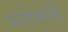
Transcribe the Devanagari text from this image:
मनोन्मनी